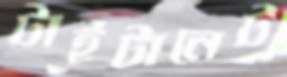
টাইটানেট